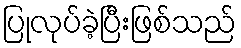
ပြုလုပ်ခဲ့ပြီးဖြစ်သည်